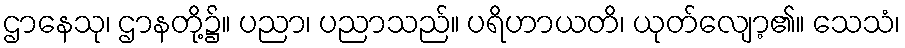
ဌာနေသု၊ ဌာနတို့၌။ ပညာ၊ ပညာသည်။ ပရိဟာယတိ၊ ယုတ်လျော့၏။ သေသံ၊